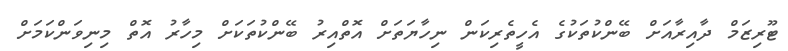
ޓޫރިޒަމް ދާއިރާއަށް ބޭންކުތަކުގެ އެހީތެރިކަން ނިހާޔަތަށް އޮތްއިރު ބޭންކުތަކަށް މިހާރު އޮތް މިނިވަންކަމަށް